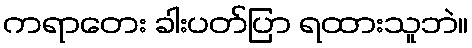
ကရာတေး ခါးပတ်ပြာ ရထားသူဘဲ။